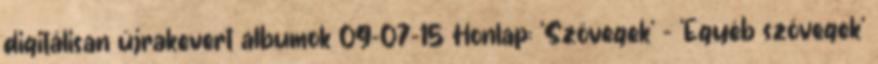
digitálisan újrakevert albumok 09-07-15 Honlap: 'Szövegek' - 'Egyéb szövegek'